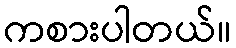
ကစားပါတယ်။